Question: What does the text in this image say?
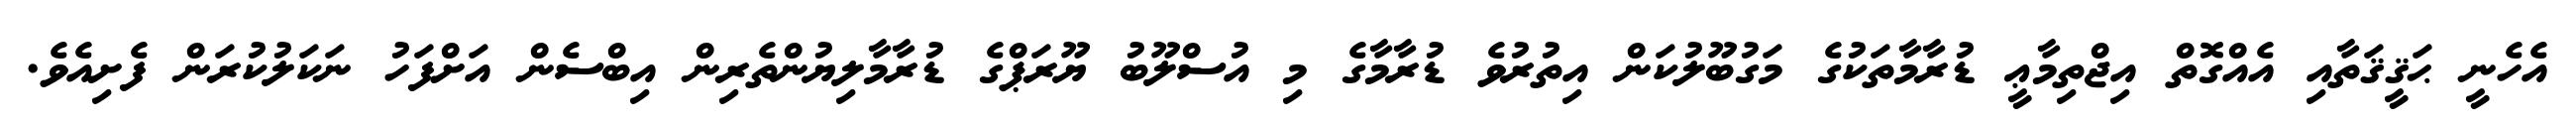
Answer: އެހެނީ ޙަޤީޤަތާއި އެއްގޮތް އިޖްތިމާޢީ ޑުރާމާތަކުގެ މަގުބޫލުކަން އިތުރުވެ ޑުރާމާގެ މި އުސްލޫބު ޔޫރަޕްގެ ޑުރާމާލިޔުންތެރިން އިބްސެން އަށްފަހު ނަކަލުކުރަން ފެށިއެވެ.